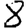
Digit: 8